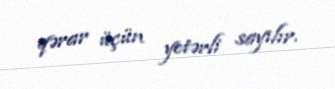
qərar üçün yetərli sayılır.